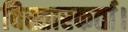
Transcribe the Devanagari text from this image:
विस्तारकर्ता।